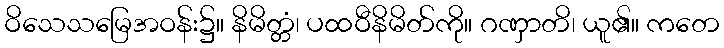
ဝိသေသမြေအဝန်း၌။ နိမိတ္တံ၊ ပထဝီနိမိတ်ကို။ ဂဏှာတိ၊ ယူ၏။ ကတေ